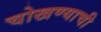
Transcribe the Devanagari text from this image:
चोखण्याची